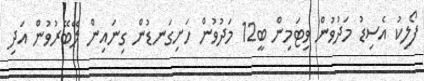
ފޯލިކު އެސިޑު މަދުވުން ވިޓަމިން ބީ12 މަދުވުން ހަށިގަނޑުން ގިނައިން ލޭބޭރުވުން އަދި